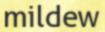
mildew